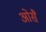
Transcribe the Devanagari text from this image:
ओसै